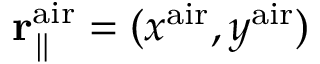
{ \bf r } _ { \parallel } ^ { \mathrm { a i r } } = ( x ^ { \mathrm { a i r } } , y ^ { \mathrm { a i r } } )